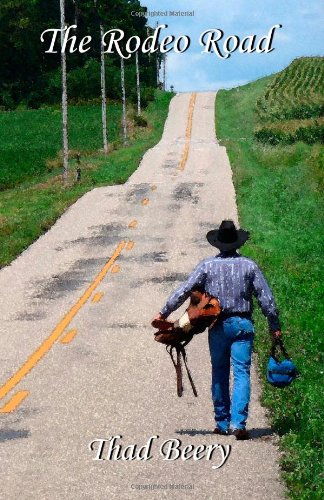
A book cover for The Rodeo Road; Thad Beery; Sports & Outdoors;